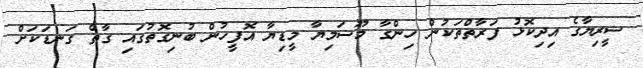
ސީރިޔާގެ އިދިކޮޅު ފަރާތްތަކުން ހިންގާ މޫޟަމިޔާ މީޑިޔާ އޮފީހުން ބުނިގޮތުގައި ގާތް ގަނޑަކަށް